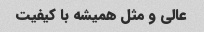
عالی و مثل همیشه با کیفیت